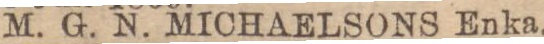
M. G. N. MICHAELSONS Enka.